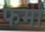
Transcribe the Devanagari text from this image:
फर्मां